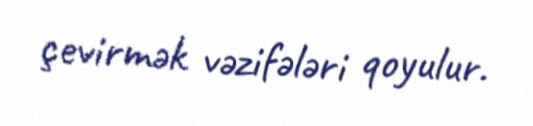
çevirmək vəzifələri qoyulur.